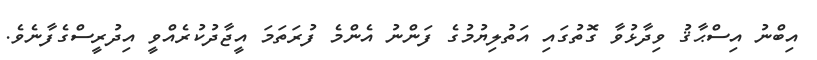
އިބްނު އިސްޙާޤު ވިދާޅުވާ ގޮތުގައި އަތުލިޔުމުގެ ފަންނު އެންމެ ފުރަތަމަ އީޖާދުކުރެއްވީ އިދުރީސްގެފާނެވެ.